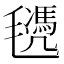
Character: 𣰜